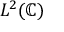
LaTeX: L ^ { 2 } ( \mathbb { C } )